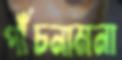
পাঁচনামনা